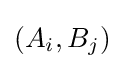
(A_{i},B_{j})